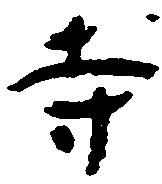
寺